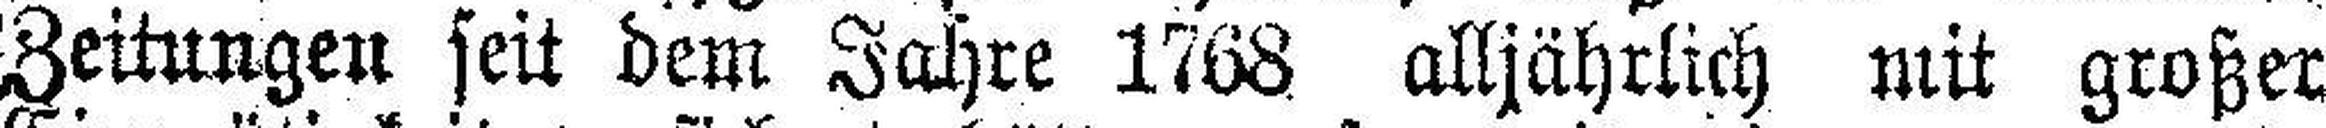
Zeitungen seit dem Jahre 1768 alljährlich mit großer